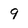
Character: 9